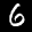
Label: 6